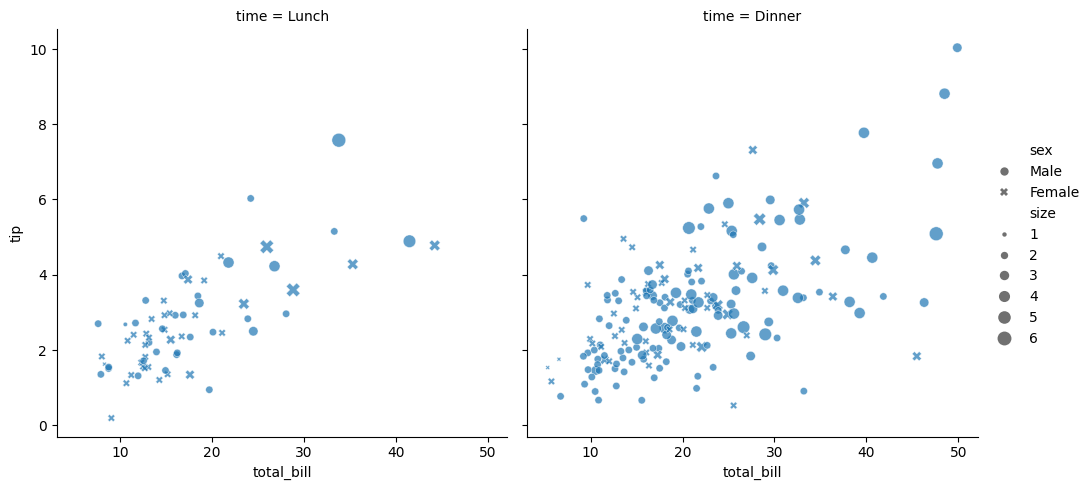
python, seaborn, relplot, alpha=0.7